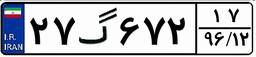
۹۰گ۱۸۰۹۴